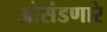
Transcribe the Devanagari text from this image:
ओसंडणारे